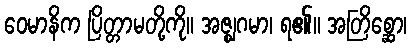
ဝေမာနိက ပြိတ္တာမတို့ကို။ အဇ္ဈဂမာ၊ ရ၏။ အတြိစ္ဆော၊